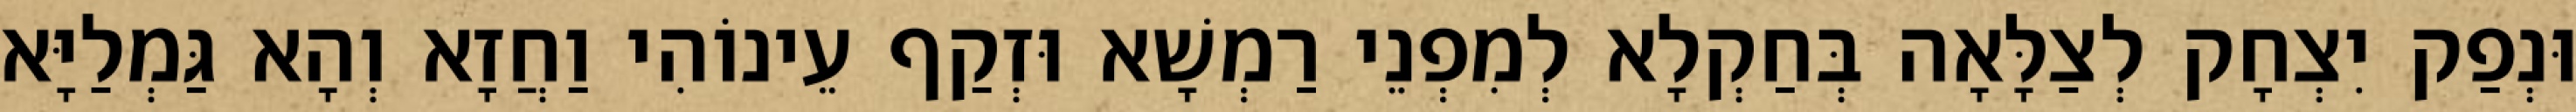
וּנְפַק יִצְחָק לְצַלָּאָה בְּחַקְלָא לְמִפְנֵי רַמְשָׁא וּזְקַף עֵינוֹהִי וַחֲזָא וְהָא גַּמְלַיָּא